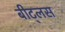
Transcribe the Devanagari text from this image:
बीट्लस